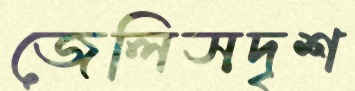
জেলিসদৃশ